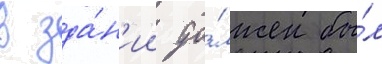
в зда́н'ии до́лжен бы́л